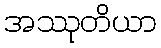
အဿုတိယာ